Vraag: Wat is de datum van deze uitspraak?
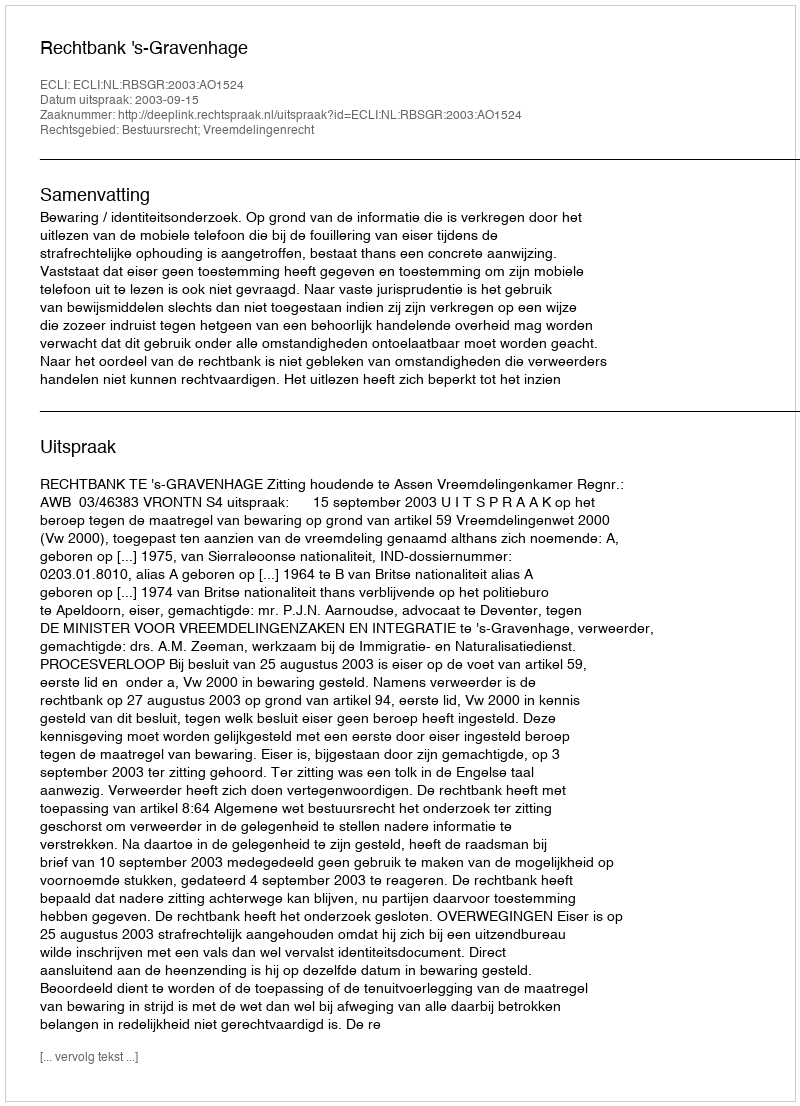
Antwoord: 2003-09-15